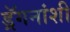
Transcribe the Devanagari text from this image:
ड्रॅगनांशी